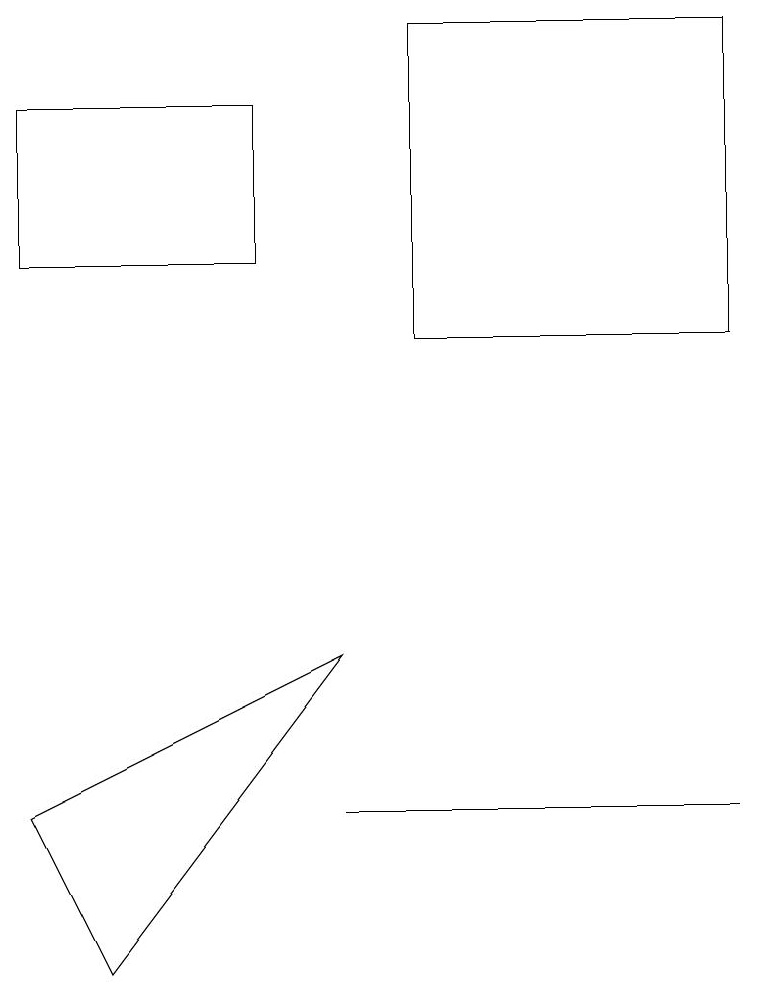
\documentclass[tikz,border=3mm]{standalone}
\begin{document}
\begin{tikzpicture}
\draw (5,7) -- (4,7) -- (9,7) -- cycle;
\draw (9,17) rectangle (5,13);
\draw (1,5) -- (0,7) -- (4,9) -- cycle;
\draw (3,16) rectangle (0,14);
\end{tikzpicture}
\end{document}